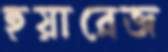
হুয়ারেজ